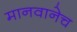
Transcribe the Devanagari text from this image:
मानवानेच